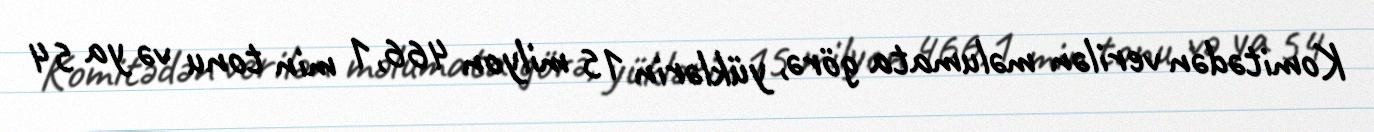
Komitədən verilən məlumata görə, yüklərin 15 milyon 466,1 min tonu və ya 54